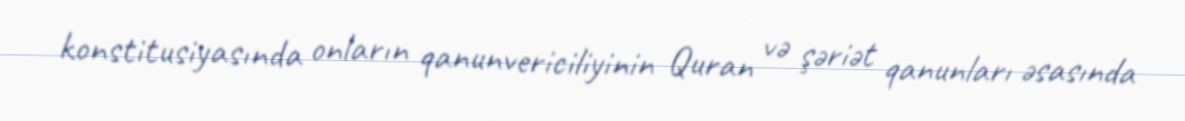
konstitusiyasında onların qanunvericiliyinin Quran və şəriət qanunları əsasında